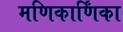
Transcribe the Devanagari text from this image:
मणिकार्णिंका